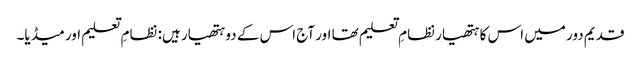
قدیم دور میں اس کا ہتھیار نظامِ تعلیم تھا اور آج اس کے دو ہتھیار ہیں: نظامِ تعلیم اور میڈیا۔